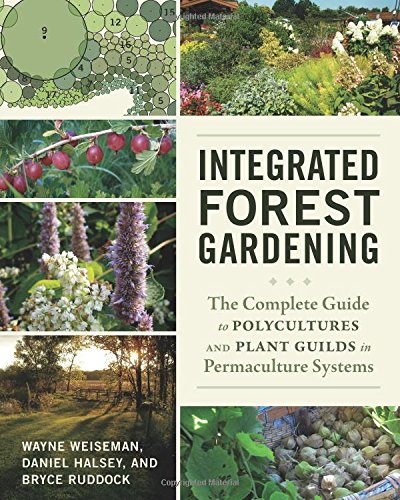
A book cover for Integrated Forest Gardening: The Complete Guide to Polycultures and Plant Guilds in Permaculture Systems; Wayne Weiseman; Crafts, Hobbies & Home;